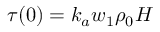
\tau ( 0 ) = k _ { a } w _ { 1 } \rho _ { 0 } H